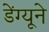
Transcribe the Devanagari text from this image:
डेंग्यूने